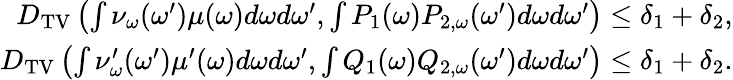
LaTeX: \begin{array}{r}{D_{\textup{TV}}\left(\int\nu_{\omega}(\omega^{\prime})\mu(\omega)d\omega d\omega^{\prime},\int P_{1}(\omega)P_{2,\omega}(\omega^{\prime})d\omega d\omega^{\prime}\right)\le\delta_{1}+\delta_{2},}\\ {D_{\textup{TV}}\left(\int\nu_{\omega}^{\prime}(\omega^{\prime})\mu^{\prime}(\omega)d\omega d\omega^{\prime},\int Q_{1}(\omega)Q_{2,\omega}(\omega^{\prime})d\omega d\omega^{\prime}\right)\le\delta_{1}+\delta_{2}.}\end{array}